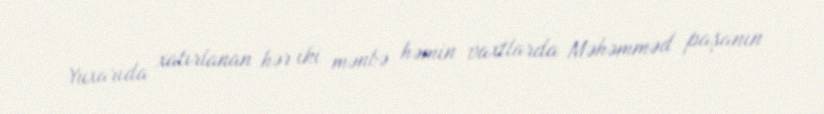
Yuxarıda xatırlanan hər iki mənbə həmin vaxtlarda Məhəmməd paşanın